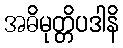
အဓိမုတ္တိပဒါနိ